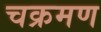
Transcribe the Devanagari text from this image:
चक्रमण